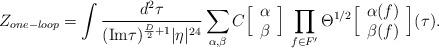
LaTeX: \begin{align*}Z_{one-loop} = \int { d^2 \tau \over (\hbox{Im} \tau)^{ {D\over 2 } + 1 } |\eta|^{24} }\sum_{\alpha , \beta} C\Big[ \begin{array}{c}\alpha \cr \beta\end{array} \Big]\, \prod_{f \in F'} \Theta^{1/2} \Big[\begin{array}{c}\alpha(f)\cr \beta(f)\end{array} \Big](\tau). \end{align*}